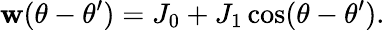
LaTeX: \mathbf{w}(\theta-\theta^{\prime})=J_{0}+J_{1}\cos(\theta-\theta^{\prime}).